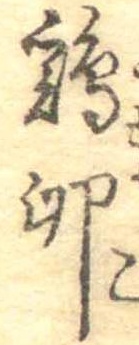
鶏卵